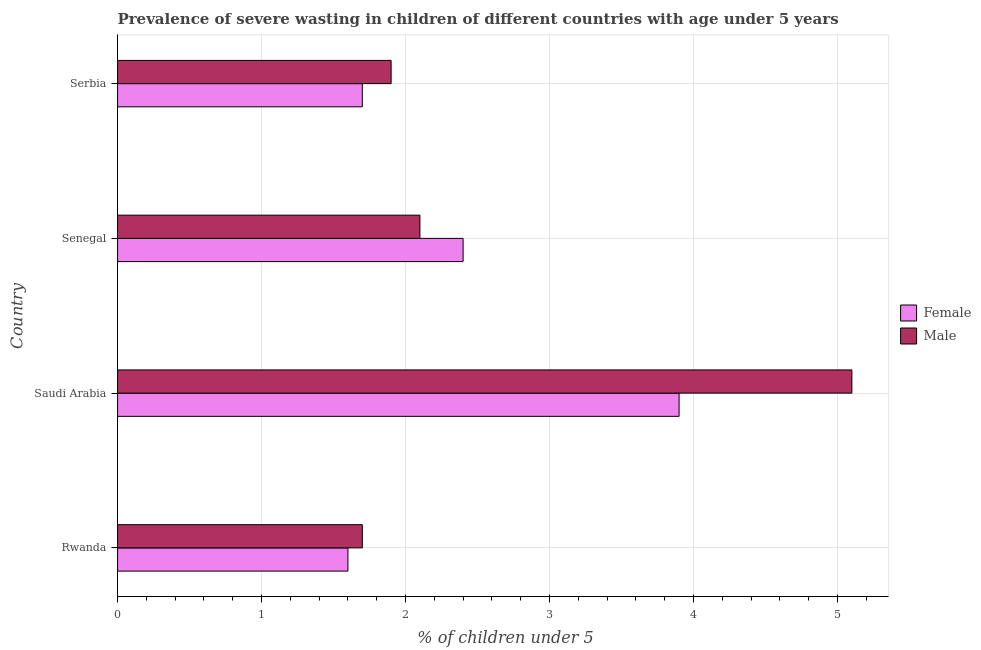
| Country | Female | Male |
 | --- | --- | --- |
 | Rwanda | 1.6 | 1.7 |
 | Saudi Arabia | 3.9 | 5.1 |
 | Senegal | 2.4 | 2.1 |
 | Serbia | 1.7 | 1.9 |